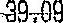
39.09